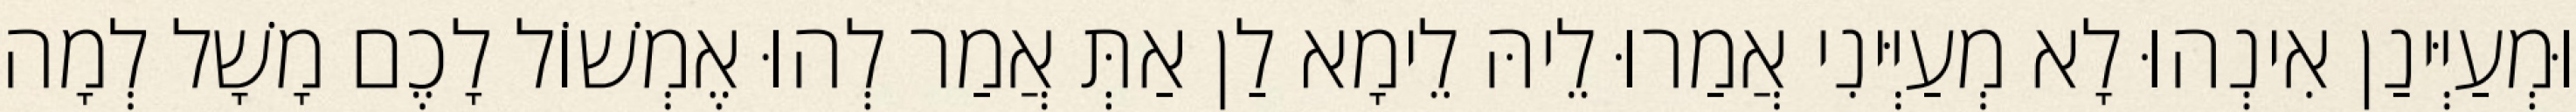
וּמְעַיְּינַן אִינְהוּ לָא מְעַיְּינִי אֲמַרוּ לֵיהּ לֵימָא לַן אַתְּ אֲמַר לְהוּ אֶמְשׁוֹל לָכֶם מָשָׁל לְמָה